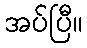
အပ်ပြီ။